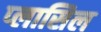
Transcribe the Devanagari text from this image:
प्लासिल